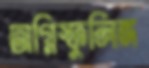
অগ্নিস্ফুলিঙ্গ